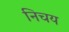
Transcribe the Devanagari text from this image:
निचय